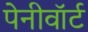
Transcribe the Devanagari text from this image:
पेनीवॉर्ट